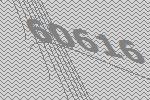
60616